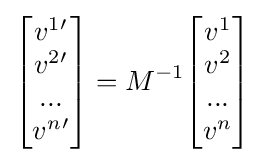
{\begin{bmatrix}v^{1}{^{\prime }}\\v^{2}{^{\prime }}\\...\\v^{n}{^{\prime }}\end{bmatrix}}=M^{-1}{\begin{bmatrix}v^{1}\\v^{2}\\...\\v^{n}\end{bmatrix}}